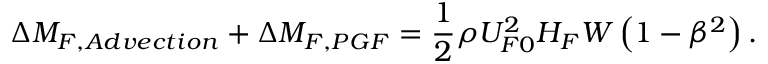
\Delta M _ { F , A d v e c t i o n } + \Delta M _ { F , P G F } = \frac { 1 } { 2 } \rho U _ { F 0 } ^ { 2 } H _ { F } W \left( 1 - \beta ^ { 2 } \right) .